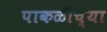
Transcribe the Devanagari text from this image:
पाकळीच्या